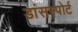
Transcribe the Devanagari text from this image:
डांसस्पोर्ट